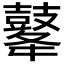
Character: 𪔔